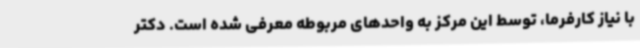
با نیاز کارفرما، توسط این مرکز به واحدهای مربوطه معرفی شده است. دکتر